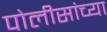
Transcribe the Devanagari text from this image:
पोलीसांच्या